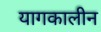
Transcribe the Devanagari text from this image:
यागकालीन